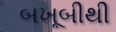
બખૂબીથી